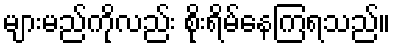
များမည်ကိုလည်း စိုးရိမ်နေကြရသည်။